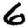
Digit: 6